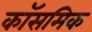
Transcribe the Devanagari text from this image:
कॉसमिक